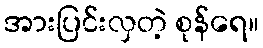
အားပြင်းလှတဲ့ စုန်ရေ။